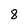
Character: 8